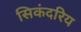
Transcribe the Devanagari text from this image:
सिकंदरिय